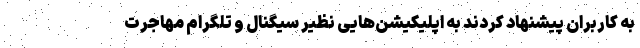
به کاربران پیشنهاد کردند به اپلیکیشن‌هایی نظیر سیگنال و تلگرام مهاجرت